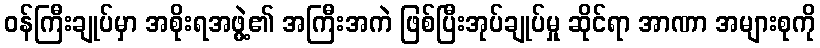
ဝန်ကြီးချုပ်မှာ အစိုးရအဖွဲ့၏ အကြီးအကဲ ဖြစ်ပြီးအုပ်ချုပ်မှု ဆိုင်ရာ အာဏာ အများစုကို